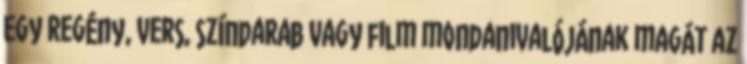
Egy regény, vers, színdarab vagy film mondanivalójának magát az